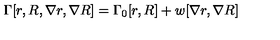
\Gamma [ r , R , \nabla r , \nabla R ] = \Gamma _ { 0 } [ r , R ] + w [ \nabla r , \nabla R ]